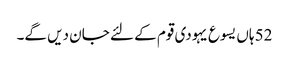
52 ہاں یسوع یہودی قوم کے لئے جان دیں گے۔